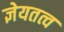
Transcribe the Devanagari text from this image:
ज्ञेयतत्व